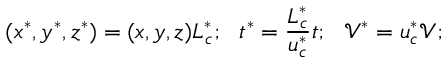
( x ^ { * } , y ^ { * } , z ^ { * } ) = ( x , y , z ) L _ { c } ^ { * } ; ~ ~ t ^ { * } = \frac { L _ { c } ^ { * } } { u _ { c } ^ { * } } t ; ~ ~ \mathcal { V } ^ { * } = u _ { c } ^ { * } \mathcal { V } ;